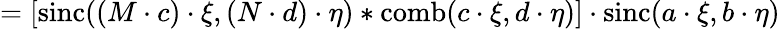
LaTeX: =[\operatorname{sinc}((M\cdot c)\cdot\xi,(N\cdot d)\cdot\eta)*\operatorname{comb}(c\cdot\xi,d\cdot\eta)]\cdot\operatorname{sinc}(a\cdot\xi,b\cdot\eta)